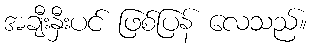
အချီးနှီးပင် ဖြစ်ပြန် လေသည်။